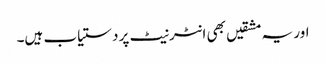
اور یہ مشقیں بھی انٹرنیٹ پر دستیاب ہیں۔